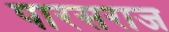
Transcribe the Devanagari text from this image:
पारसराज